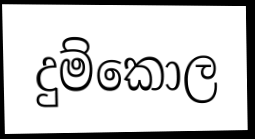
දුම්කොල